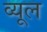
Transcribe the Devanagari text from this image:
व्यूल